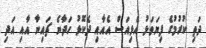
ދަތި ކުރުމުގެ ފިޔަވަޅު އެޅިއަސް އެއާއި ދެކޮޅު ހަދާނެ ޗައިނާ އާއި އަދި